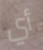
أي